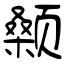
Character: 颡